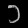
Digit: ၁